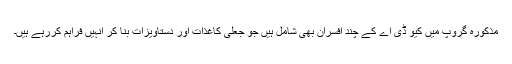
مذکورہ گروپ میں کیو ڈی اے کے چند افسران بھی شامل ہیں جو جعلی کاغذات اور دستاویزات بنا کر انہیں فراہم کررہے ہیں۔